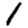
Digit: 1